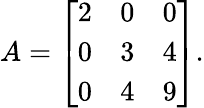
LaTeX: A={\left[\begin{array}{lll}{2}&{0}&{0}\\ {0}&{3}&{4}\\ {0}&{4}&{9}\end{array}\right]}.